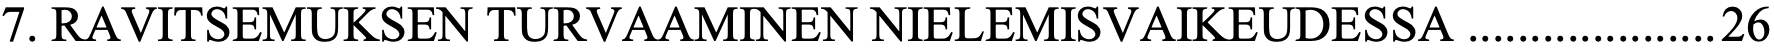
7. RAVITSEMUKSEN TURVAAMINEN NIELEMISVAIKEUDESSA .................... 26